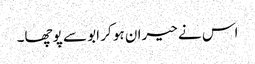
اس نے حیران ہو کر ابو سے پوچھا۔